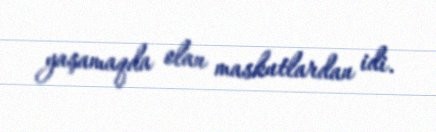
yaşamaqda olan maskutlardan idi.